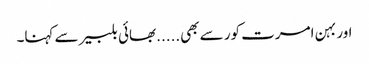
اور بہن امرت کور سے بھی.....بھائی بلبیر سے کہنا۔